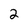
Character: 2